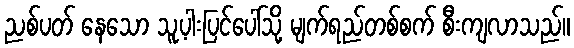
ညစ်ပတ် နေသော သူ့ပါးပြင်ပေါ်သို့ မျက်ရည်တစ်စက် စီးကျလာသည်။